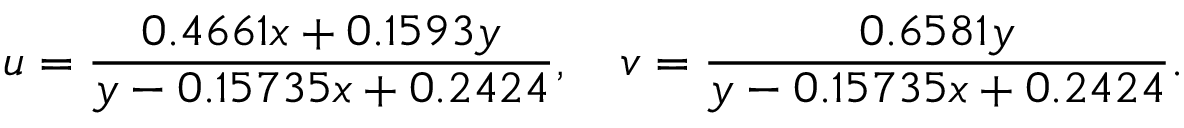
u = { \frac { 0 . 4 6 6 1 x + 0 . 1 5 9 3 y } { y - 0 . 1 5 7 3 5 x + 0 . 2 4 2 4 } } , \quad v = { \frac { 0 . 6 5 8 1 y } { y - 0 . 1 5 7 3 5 x + 0 . 2 4 2 4 } } .